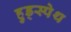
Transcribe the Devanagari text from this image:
हुड्स्पेथ